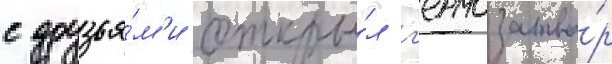
с друзья́м'и откры́л г'ермозатво́р